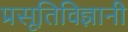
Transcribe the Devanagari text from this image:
प्रसूतिविज्ञानी